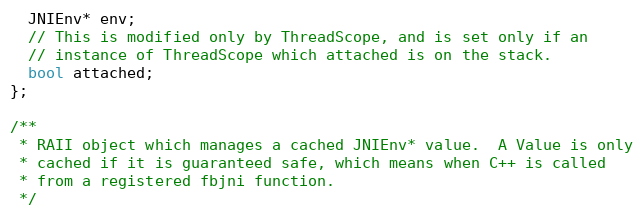
Language: C
  JNIEnv* env;
  // This is modified only by ThreadScope, and is set only if an
  // instance of ThreadScope which attached is on the stack.
  bool attached;
};

/**
 * RAII object which manages a cached JNIEnv* value.  A Value is only
 * cached if it is guaranteed safe, which means when C++ is called
 * from a registered fbjni function.
 */